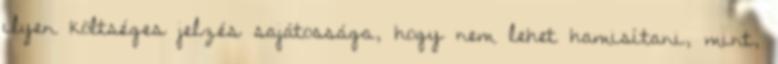
ilyen költséges jelzés sajátossága, hogy nem lehet hamisítani, mint,